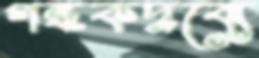
গন্ধকদ্রব্যে